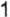
1